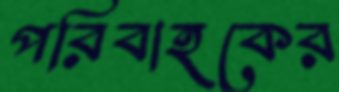
পরিবাহকের